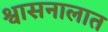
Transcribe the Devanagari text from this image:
श्वासनालात